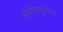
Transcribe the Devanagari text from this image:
संदीपकुमार